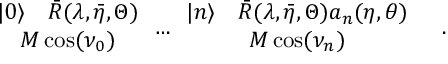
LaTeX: \begin{array} { c } { { | 0 \rangle \quad \bar { R } ( \lambda , \bar { \eta } , \Theta ) } } \\ { { M \cos ( \nu _ { 0 } ) } } \end{array} \dots \begin{array} { c } { { | n \rangle \quad \bar { R } ( \lambda , \bar { \eta } , \Theta ) a _ { n } ( \eta , \theta ) } } \\ { { M \cos ( \nu _ { n } ) } } \end{array} \quad .